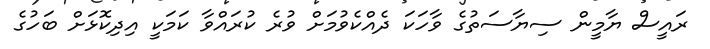
ރައީސް ޔާމީން ސިޔާސަތުގެ ވާހަކަ ދެއްކެވުމަށް ވުރެ ކުރައްވާ ކަމަކީ އިދިކޮޅަށް ބަހުގެ